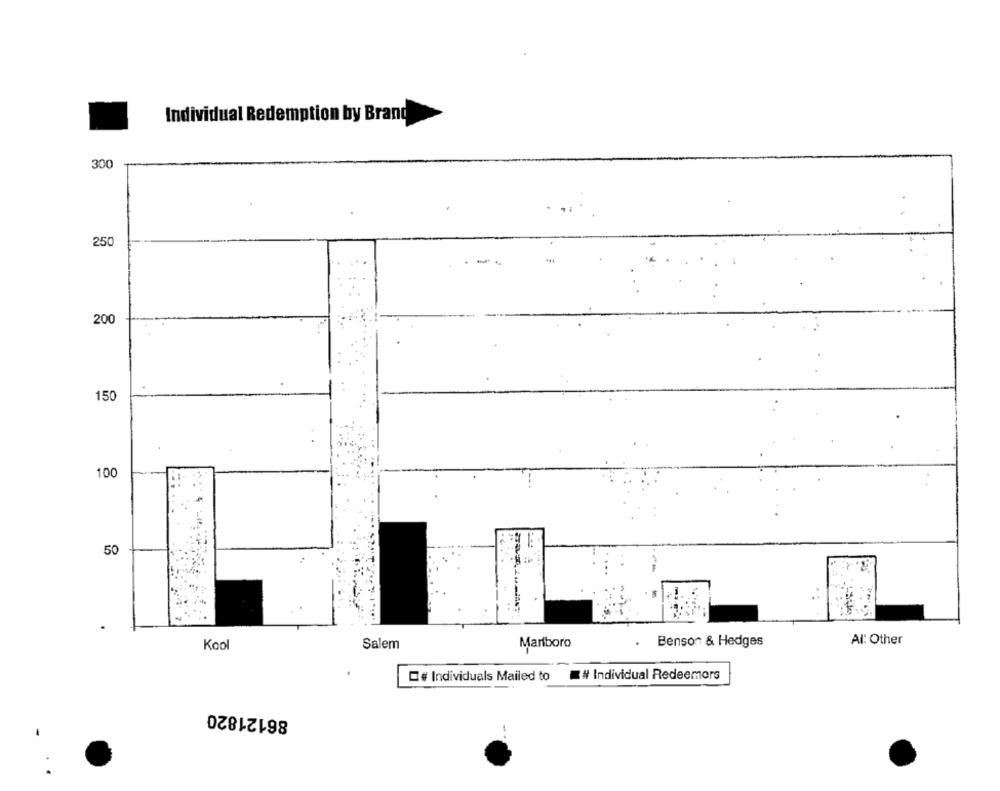
Individual Redemption by Brand
300
250
200
150
100
50
Al: Other
Kool
Salem
Marlboro
Benson & Hedges
# Individuals Mailed to
# Individual Redeemors
86121820